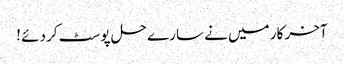
آخر کار میں نے سارے حل پوسٹ کر دئے !